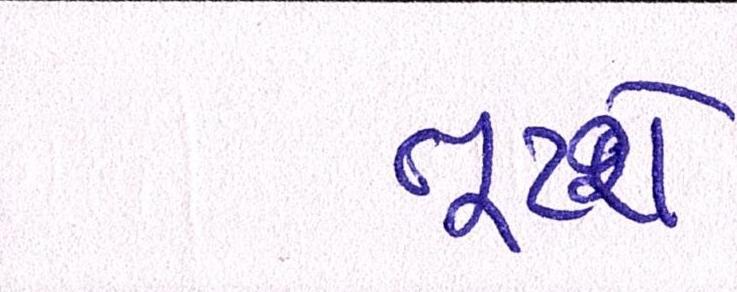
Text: તૂટશે